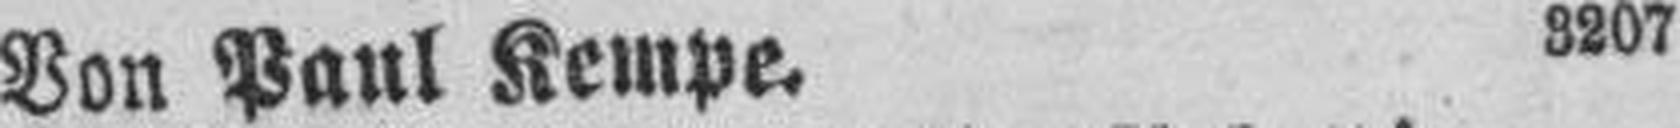
Von Paul Kempe. 3207